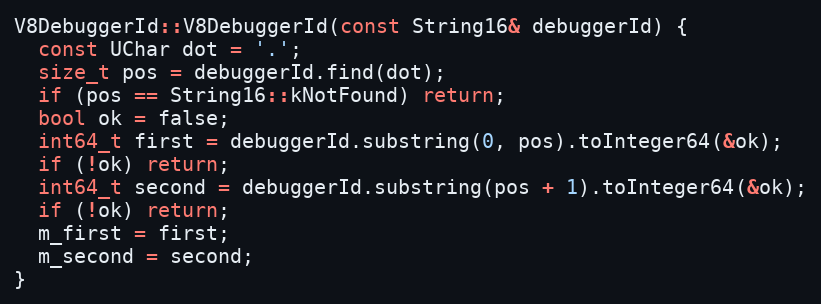
Language: C++
V8DebuggerId::V8DebuggerId(const String16& debuggerId) {
  const UChar dot = '.';
  size_t pos = debuggerId.find(dot);
  if (pos == String16::kNotFound) return;
  bool ok = false;
  int64_t first = debuggerId.substring(0, pos).toInteger64(&ok);
  if (!ok) return;
  int64_t second = debuggerId.substring(pos + 1).toInteger64(&ok);
  if (!ok) return;
  m_first = first;
  m_second = second;
}